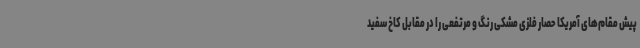
پیش مقام‌های آمریکا حصار فلزی مشکی رنگ و مرتفعی را در مقابل کاخ سفید